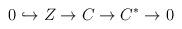
LaTeX: \begin{align*}0\hookrightarrow{}Z\rightarrow{}C\rightarrow{}C^{*}\rightarrow{}0\end{align*}